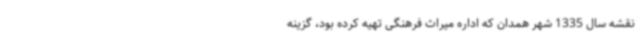
نقشه سال 1335 شهر همدان که اداره میراث فرهنگی تهیه کرده بود، گزینه